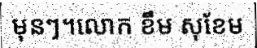
មុនៗ។លោក ខឹម សុខែម